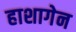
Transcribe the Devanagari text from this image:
हाशागेन